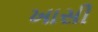
ખાસી